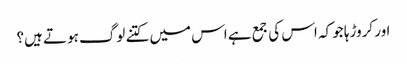
اور کروڑہا جو کہ اس کی جمع ہے اس میں کتنے لوگ ہوتے ہیں؟